Vaccination in Bombay 1874-1876 - 1874-1876
Year: 1874
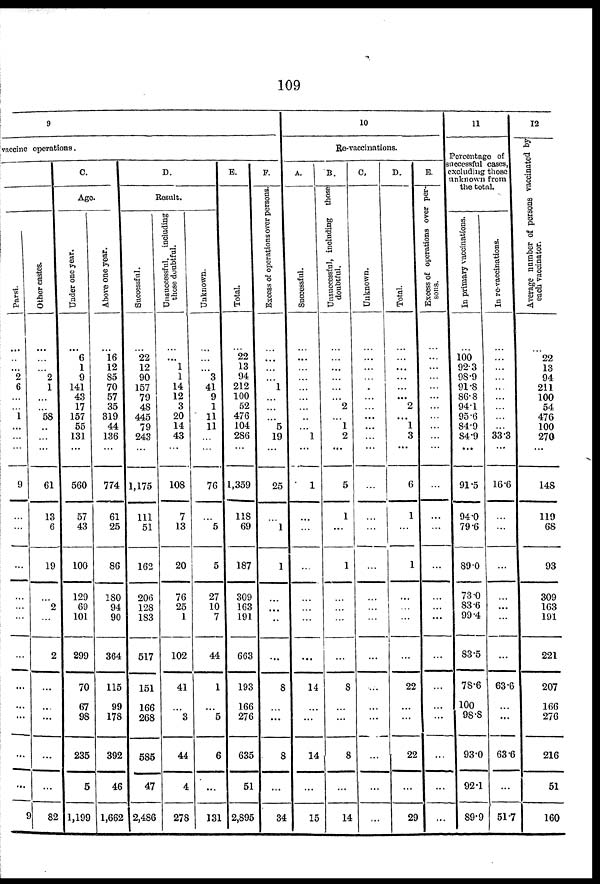
109
9
nccine operations.
Parsi.
...
..
...
2
6
...
...
1
...
...
...
9
...
...
...
...
...
...
...
...
...
...
...
...
9
Other castes.
...
...
...
2
1
...
...
58
..
...
...
61
13
6
19
...
2
...
2
...
...
...
...
...
82
C.
Age.
Under one year.
...
6
1
9
141
43
17
157
55
131
...
560
57
43
100
129
69
101
299
70
67
98
235
5
1,199
Above one year.
...
16
12
85
70
57
35
319
44
136
...
774
61
25
86
180
94
90
364
115
99
178
392
46
1,662
D.
Result.
Successful.
...
22
12
90
157
79
48
445
79
243
...
1,175
111
51
162
206
128
183
517
151
166
268
585
47
2,486
Unsuccessful, including
those doubtful.
...
...
1
1
14
12
3
20
14
43
...
108
7
13
20
76
25
1
102
41
...
3
44
4
278
Unknown.
...
...
...
3
41
9
1
11
11
...
...
76
...
5
5
27
10
7
44
1
...
5
6
...
131
E.
Total.
...
22
13
94
212
100
52
476
104
286
...
1,359
118
69
187
309
163
191
663
193
166
276
635
51
2,895
F.
Excess of operations over persons.
...
...
...
...
1
...
...
...
5
19
...
25
...
1
1
...
...
...
...
8
...
...
8
...
34
10
Re-vaccinations.
A.
Successful.
...
...
...
...
...
...
...
...
...
1
...
1
...
...
...
...
...
...
...
14
...
...
14
...
15
B.
Unsuccessful, including
those
doubtful.
...
...
...
...
...
...
2
...
1
2
...
5
1
...
1
...
...
...
...
8
...
...
8
...
14
C.
Unknown.
...
...
...
...
...
...
...
...
...
...
...
...
...
...
...
...
...
...
...
...
...
...
...
...
...
D.
Total.
...
...
...
...
...
...
2
...
1
3
...
6
1
...
1
...
...
...
...
22
...
...
22
...
29
E.
Excess of operations over per-
sons.
...
...
...
...
...
...
...
...
...
...
...
...
...
...
...
...
...
...
...
...
...
...
...
...
...
11
Percentage of
successful cases,
excluding those
unknown from
the total.
In primary vaccinations.
...
100
92.3
98.9
91.8
86.8
94.1
95.6
84.9
84.9
...
91.5
94.0
79.6
89.0
73.0
83.6
99.4
83.5
78.6
100
98.8
93.0
92.1
89.9
In re-vaccinations.
...
...
...
...
...
...
...
...
...
33.3
...
16.6
...
...
...
...
...
...
...
63.6
...
...
63.6
...
51.7
12
Average number of persons vaccinated by
each vaccinator.
...
22
13
94
211
100
54
476
100
270
...
148
119
68
93
309
163
191
221
207
166
276
216
51
160